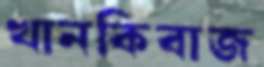
খানকিবাজ